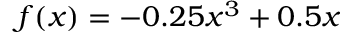
{ f ( x ) = - 0 . 2 5 x ^ { 3 } + 0 . 5 x }